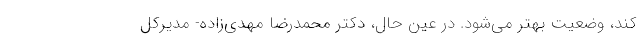
کند، وضعیت بهتر می‌شود. در عین حال، ‌دکتر محمدرضا مهدی‌زاده- مدیرکل